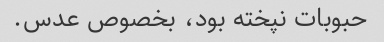
حبوبات نپخته بود، بخصوص عدس.